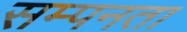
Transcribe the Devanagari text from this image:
सम्पनता